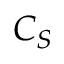
C _ { S }